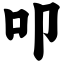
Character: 叩